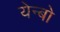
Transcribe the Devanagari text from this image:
येन्बो